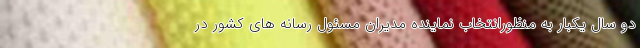
دو سال یکبار به منظورانتخاب نماینده مدیران مسئول رسانه های کشور در